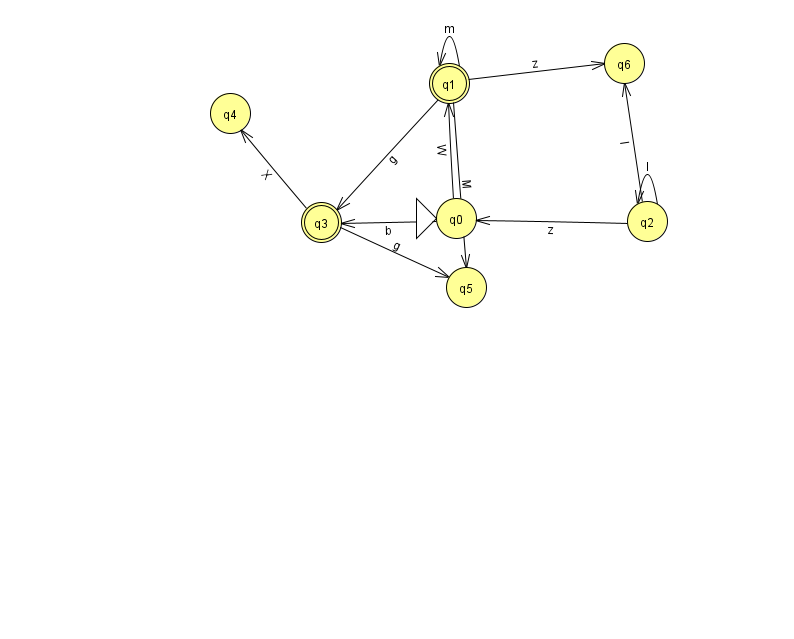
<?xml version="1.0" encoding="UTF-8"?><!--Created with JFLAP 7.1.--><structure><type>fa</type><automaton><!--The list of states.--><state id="0" name="q0"><x>456.0</x><y>205.0</y><initial/></state><state id="1" name="q1"><x>449.0</x><y>70.0</y><final/></state><state id="2" name="q2"><x>647.0</x><y>208.0</y></state><state id="3" name="q3"><x>321.0</x><y>209.0</y><final/></state><state id="4" name="q4"><x>230.0</x><y>100.0</y></state><state id="5" name="q5"><x>466.0</x><y>274.0</y></state><state id="6" name="q6"><x>624.0</x><y>50.0</y></state><!--The list of transitions.--><transition><from>3</from><to>5</to><read>g</read></transition><transition><from>0</from><to>3</to><read>b</read></transition><transition><from>0</from><to>1</to><read>W</read></transition><transition><from>1</from><to>3</to><read>g</read></transition><transition><from>3</from><to>4</to><read>X</read></transition><transition><from>1</from><to>6</to><read>z</read></transition><transition><from>2</from><to>6</to><read>I</read></transition><transition><from>2</from><to>2</to><read>l</read></transition><transition><from>1</from><to>1</to><read>m</read></transition><transition><from>1</from><to>5</to><read>M</read></transition><transition><from>2</from><to>0</to><read>z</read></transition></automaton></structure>